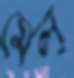
মেল্‌